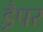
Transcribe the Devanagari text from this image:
ड्रैपर